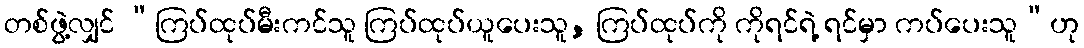
တစ်ဖွဲ့လျှင် “ကြပ်ထုပ်မီးကင်သူ ကြပ်ထုပ်ယူပေးသူ, ကြပ်ထုပ်ကို ကိုရင်ရဲ့ ရင်မှာ ကပ်ပေးသူ”ဟု